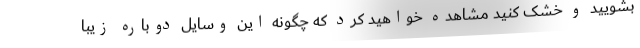
بشویید و خشک کنید مشاهده خواهید کرد که چگونه این وسایل دوباره زیبا